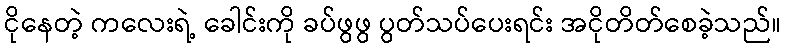
ငိုနေတဲ့ ကလေးရဲ့ ခေါင်းကို ခပ်ဖွဖွ ပွတ်သပ်ပေးရင်း အငိုတိတ်စေခဲ့သည်။